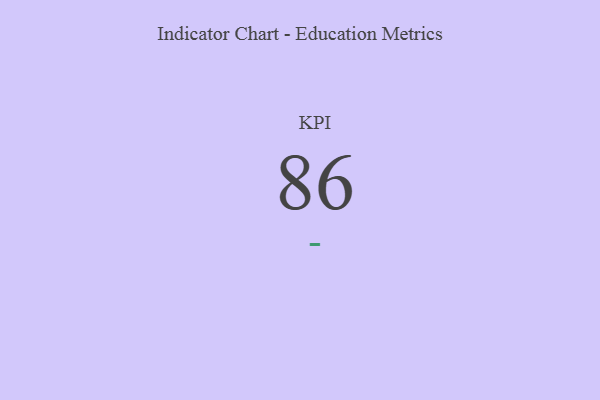
{"axis": {"x": "KPI", "y": "Value"}, "legend": [""], "data": [{"x": "KPI", "y": 86, "type": ""}]}